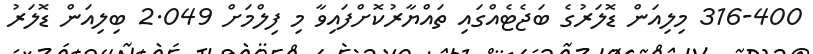
316-400 މިލިއަން ޑޮލަރުގެ ބަޖެޓެއްގައި ތައްޔާރުކޮށްފައިވާ މި ފިލްމަށް 2.049 ބިލިއަން ޑޮލަރު